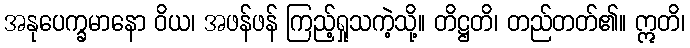
အနုပေက္ခမာနော ဝိယ၊ အဖန်ဖန် ကြည့်ရှုသကဲ့သို့။ တိဋ္ဌတိ၊ တည်တတ်၏။ ဣတိ၊